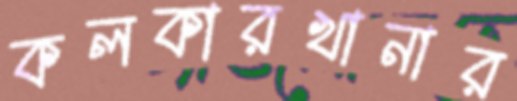
কলকারখানার